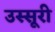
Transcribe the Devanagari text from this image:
उस्सूरी